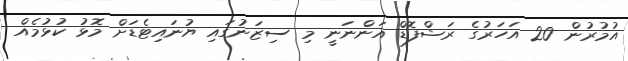
އުމުރުން 20 އަހަރުގެ ރަޝްފޮޑް އަންނަނީ މި ސިޒަނުގައި ޔުނައިޓެޑަށް މޮޅު ކުޅުމެއް